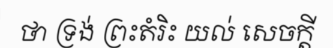
ថា ទ្រង់ ព្រះតំរិះ យល់ សេចក្តី